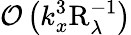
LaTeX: \mathcal{O}\left(k_{x}^{3}\mathrm{R}_{\lambda}^{-1}\right)